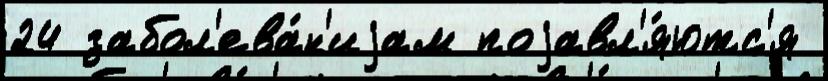
24 забол'ева́н'иjам поjавл'я́ютс'я